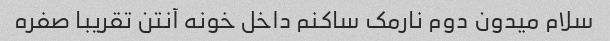
سلام میدون دوم نارمک ساکنم داخل خونه آنتن تقریبا صفره